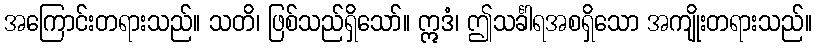
အကြောင်းတရားသည်။ သတိ၊ ဖြစ်သည်ရှိသော်။ ဣဒံ၊ ဤသင်္ခါရအစရှိသော အကျိုးတရားသည်။